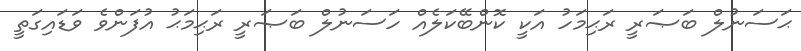
ޙަސަނުލް ބަޞަރީ ރަޙިމަހު އަކީ ކޮންބޭކަލެއް ހަސަނުލް ބަޞަރީ ރަޙިމަޙު އުފަންވެ ވަޑައިގަތީ